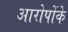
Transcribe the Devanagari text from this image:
आरोपोंके